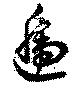
逓